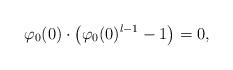
LaTeX: \begin{align*} \varphi_{0}(0) \cdot \left(\varphi_{0}(0)^{l-1}-1\right)=0, \end{align*}